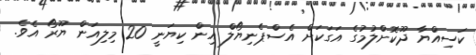
ކަސިއްޔާ ދޫކޮށްލުމުގެ އަގަކަށް އެސްޕެނިޔޯލް އިން ކިޔަނީ 20 މިލިއަން ޔޫރޯ އެވެ.